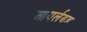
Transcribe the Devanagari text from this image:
आयर्लण्ड